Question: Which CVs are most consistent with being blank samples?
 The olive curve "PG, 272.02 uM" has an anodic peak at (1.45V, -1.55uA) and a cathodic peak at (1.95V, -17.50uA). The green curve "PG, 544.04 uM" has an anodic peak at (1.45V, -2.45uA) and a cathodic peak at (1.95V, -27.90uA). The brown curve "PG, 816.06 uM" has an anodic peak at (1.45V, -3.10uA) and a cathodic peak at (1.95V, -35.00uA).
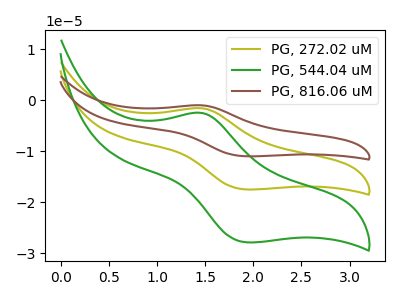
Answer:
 <answer>There are not any CV's on this graph that are likely to be blanks.</answer>
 <eval>none</eval>